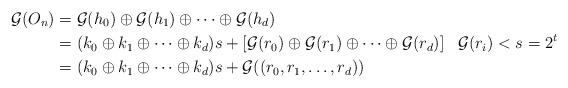
LaTeX: \begin{align*}\mathcal{G}(O_n) &=\mathcal{G}(h_0) \oplus \mathcal{G}(h_1) \oplus \dots \oplus \mathcal{G}(h_d)\\&= (k_0 \oplus k_1 \oplus \dots \oplus k_d)s + [ \mathcal{G}(r_0) \oplus \mathcal{G}(r_1) \oplus \dots \oplus \mathcal{G}(r_d) ]& \mathcal{G}(r_i) < s =2^t\\&= (k_0 \oplus k_1 \oplus \dots \oplus k_d)s + \mathcal{G}((r_0,r_1,\dots,r_d))\end{align*}